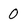
Character: 0